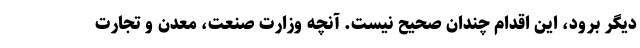
دیگر برود، این اقدام چندان صحیح نیست. آنچه وزارت صنعت، معدن و تجارت